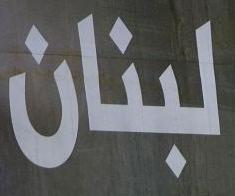
لبنان